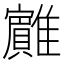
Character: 𱁏